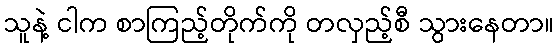
သူနဲ့ ငါက စာကြည့်တိုက်ကို တလှည့်စီ သွားနေတာ။